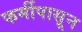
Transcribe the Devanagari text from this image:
फर्मीपासून